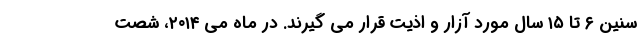
سنین ۶ تا ۱۵ سال مورد آزار و اذیت قرار می گیرند. در ماه می ۲۰۱۴، شصت